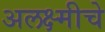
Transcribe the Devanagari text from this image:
अलक्ष्मीचे